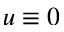
u \equiv 0